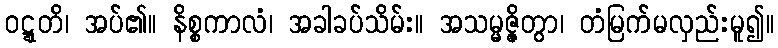
ဝဋ္ဋတိ၊ အပ်၏။ နိစ္စကာလံ၊ အခါခပ်သိမ်း။ အသမ္မဇ္ဇိတွာ၊ တံမြက်မလှည်းမူ၍။